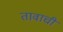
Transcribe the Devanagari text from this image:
तावाची